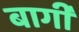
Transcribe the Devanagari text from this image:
बार्गी